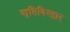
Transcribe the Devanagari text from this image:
कृतिविस्तार